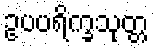
ဥပပရိက္ခသုတ္တ